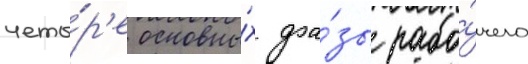
четы́р'е основны́х фа́зы рабо́чего